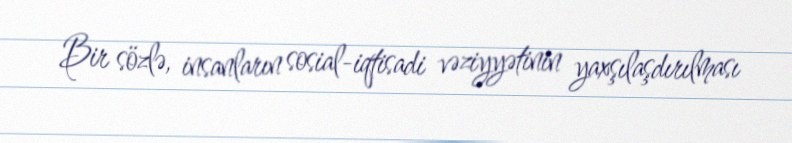
Bir sözlə, insanların sosial-iqtisadi vəziyyətinin yaxşılaşdırılması